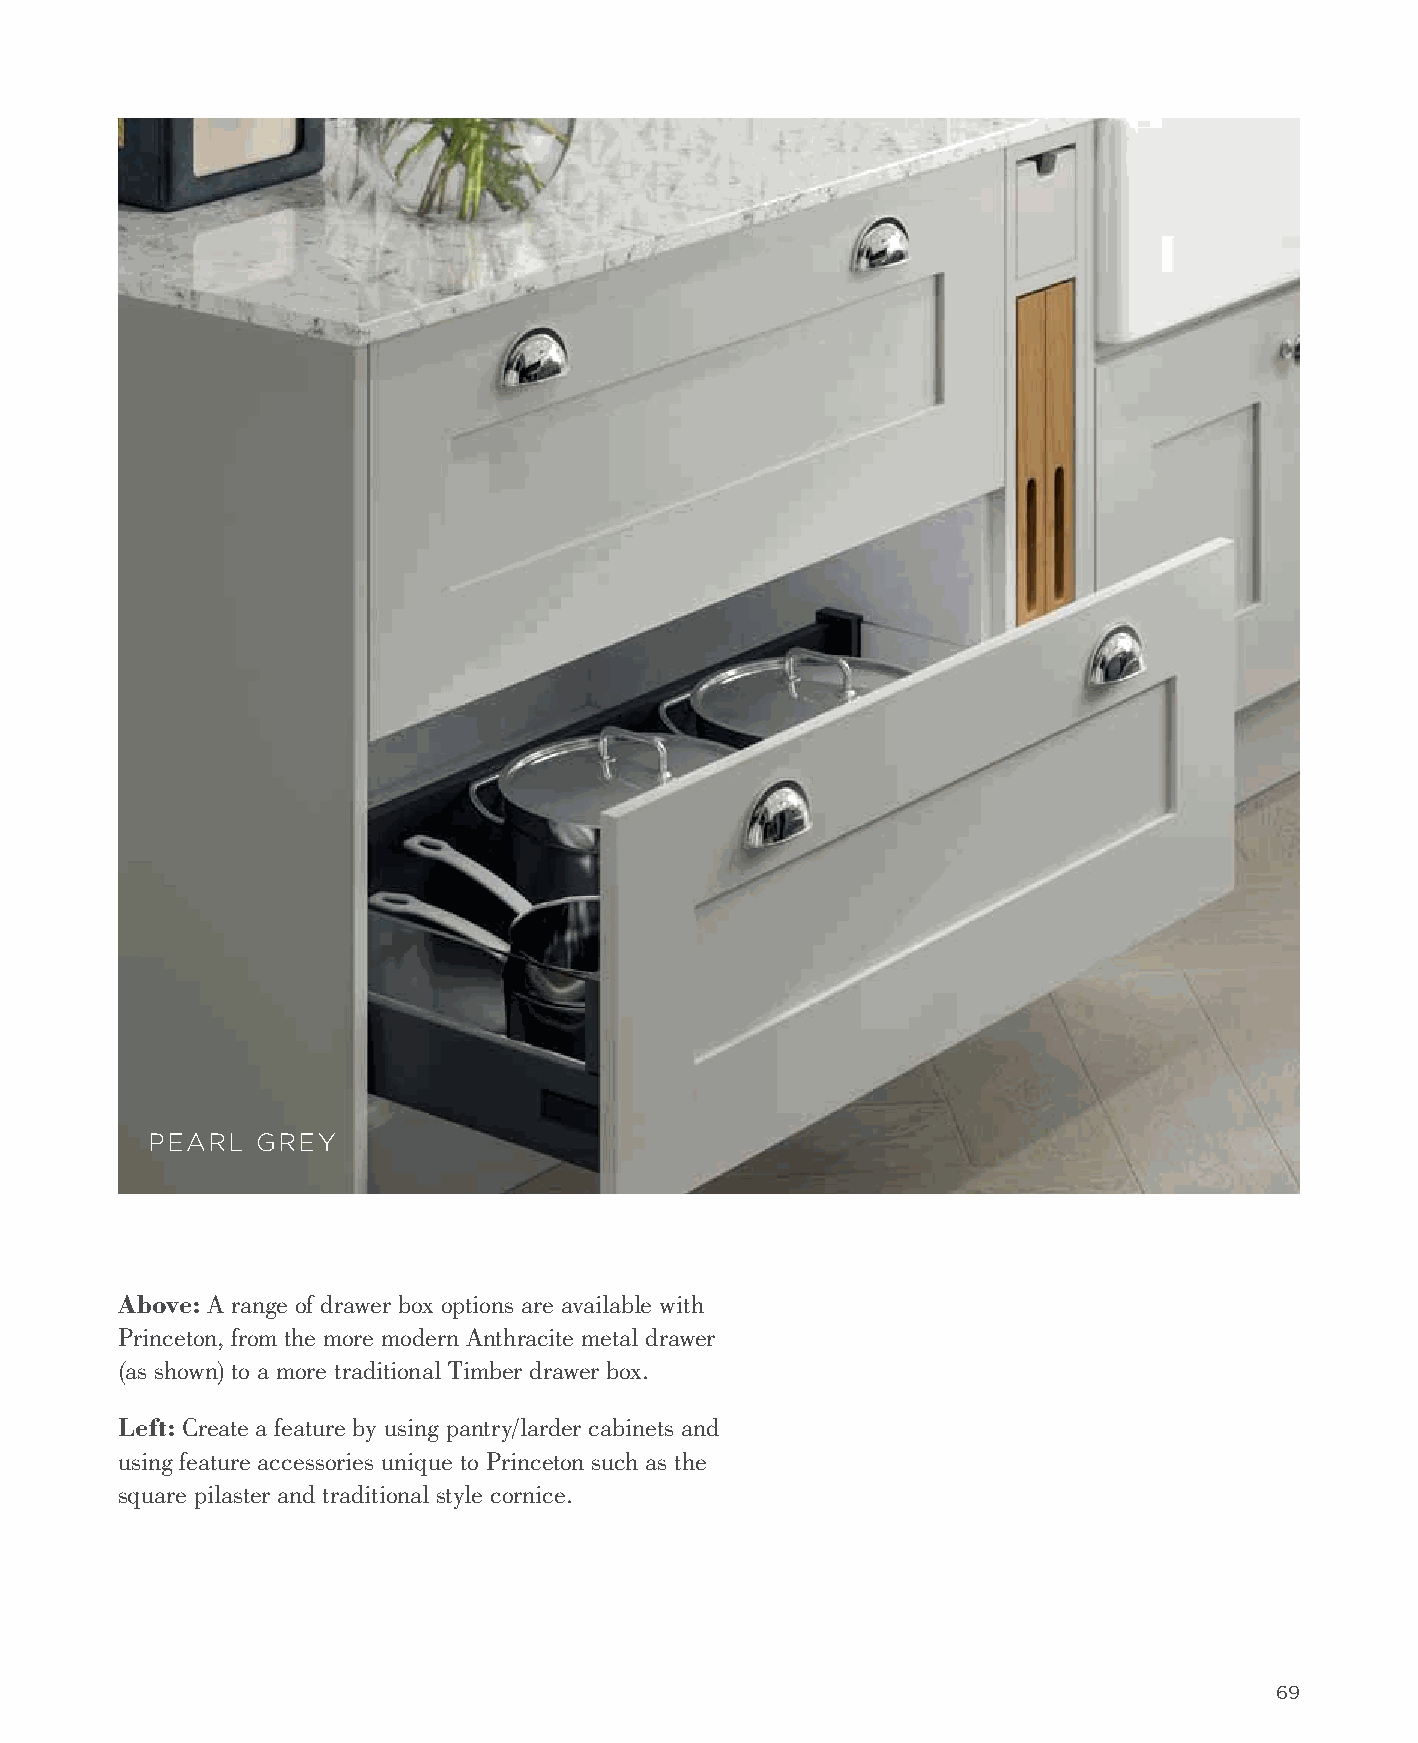
PEARL  GREY
 Above: A range of drawer box options are available with
 Princeton, from the more modern Anthracite metal drawer
 (as shown) to a more traditional Timber drawer box.
 Left: Create a feature by using pantry/larder cabinets and
 using feature accessories unique to Princeton such as the
 square pilaster and traditional style cornice.
 69